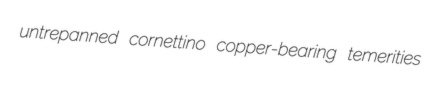
untrepanned cornettino copper-bearing temerities